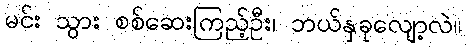
မင်း သွား စစ်ဆေးကြည့်ဦး၊ ဘယ်နှခုလျော့လဲ။